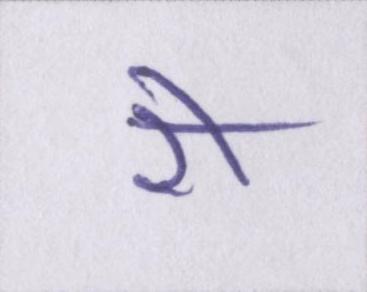
री